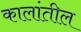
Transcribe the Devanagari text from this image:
कालांतील